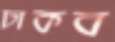
ঢাকব